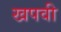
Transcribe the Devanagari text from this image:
खपवी